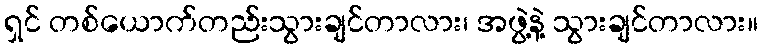
ရှင် တစ်ယောက်တည်းသွားချင်တာလား၊ အဖွဲ့နဲ့ သွားချင်တာလား။